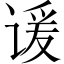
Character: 谖